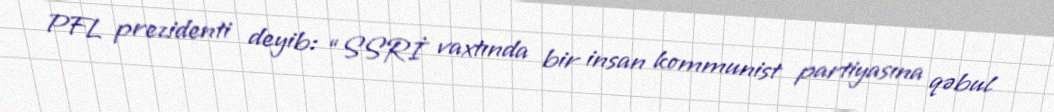
PFL prezidenti deyib: “SSRİ vaxtında bir insan kommunist partiyasına qəbul